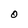
Character: O